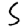
Digit: 5